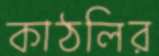
কাঠলির